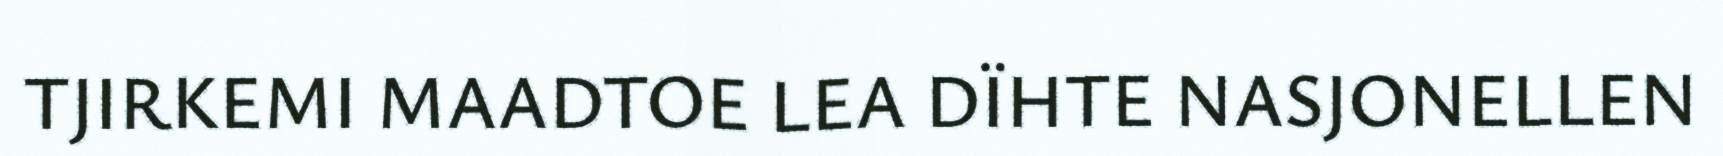
TJIRKEMI MAADTOE LEA DÏHTE NASJONELLEN